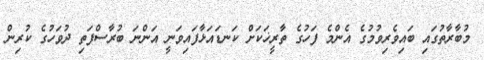
މުބާރާތުގައި ބައިވެރިވުމުގެ އެންމެ ފަހުގެ ތާރީޚަކަށް ކަނޑައަޅާފައިވަނީ އަންނަ ބުރާސްފަތި ދުވަހުގެ ކުރިން